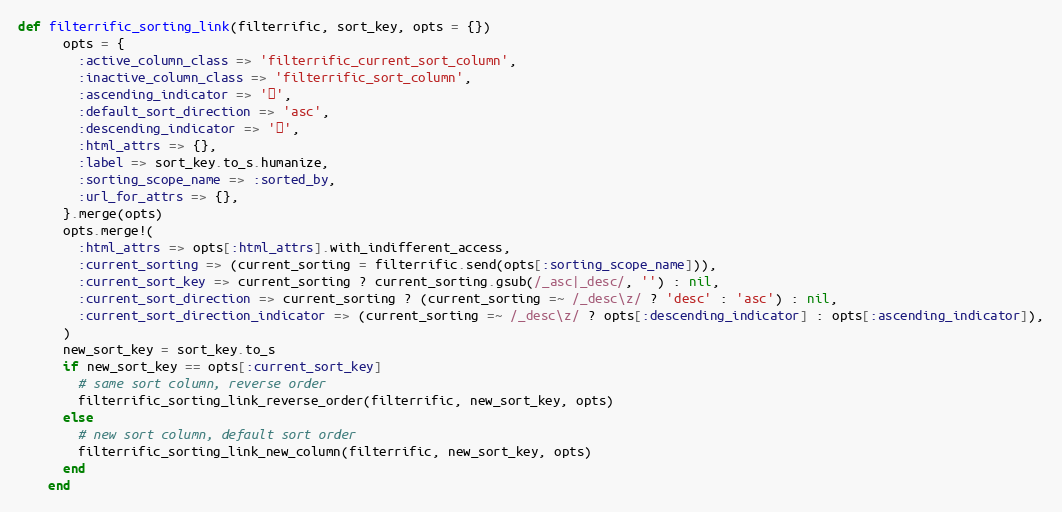
Language: Ruby
def filterrific_sorting_link(filterrific, sort_key, opts = {})
      opts = {
        :active_column_class => 'filterrific_current_sort_column',
        :inactive_column_class => 'filterrific_sort_column',
        :ascending_indicator => '⬆',
        :default_sort_direction => 'asc',
        :descending_indicator => '⬇',
        :html_attrs => {},
        :label => sort_key.to_s.humanize,
        :sorting_scope_name => :sorted_by,
        :url_for_attrs => {},
      }.merge(opts)
      opts.merge!(
        :html_attrs => opts[:html_attrs].with_indifferent_access,
        :current_sorting => (current_sorting = filterrific.send(opts[:sorting_scope_name])),
        :current_sort_key => current_sorting ? current_sorting.gsub(/_asc|_desc/, '') : nil,
        :current_sort_direction => current_sorting ? (current_sorting =~ /_desc\z/ ? 'desc' : 'asc') : nil,
        :current_sort_direction_indicator => (current_sorting =~ /_desc\z/ ? opts[:descending_indicator] : opts[:ascending_indicator]),
      )
      new_sort_key = sort_key.to_s
      if new_sort_key == opts[:current_sort_key]
        # same sort column, reverse order
        filterrific_sorting_link_reverse_order(filterrific, new_sort_key, opts)
      else
        # new sort column, default sort order
        filterrific_sorting_link_new_column(filterrific, new_sort_key, opts)
      end
    end